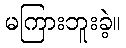
မကြားဘူးခဲ့။